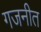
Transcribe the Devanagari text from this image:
गजनीत